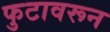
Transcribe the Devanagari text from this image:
फुटावरून